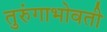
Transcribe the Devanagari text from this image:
तुरुंगाभोवती